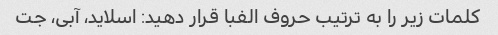
کلمات زیر را به ترتیب حروف الفبا قرار دهید: اسلاید، آبی، جت